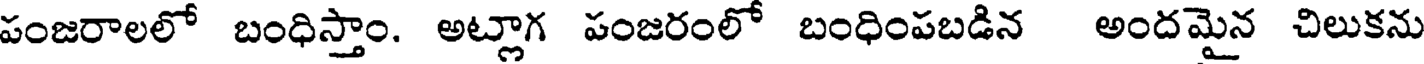
పంజరాలలో బంధిస్తాం. అట్లాగ పంజరంలో బంధింపబడిన అందమైన చిలుకను